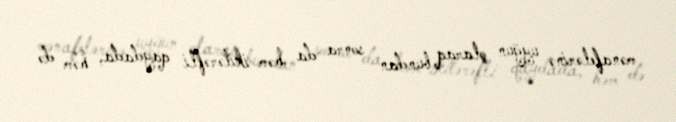
mənafelərinə uyğun olaraq bundan sonra da həm ikitərəfli qaydada, həm də